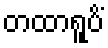
တထာရူပိံ